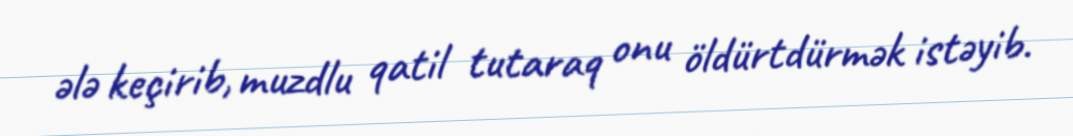
ələ keçirib, muzdlu qatil tutaraq onu öldürtdürmək istəyib.